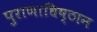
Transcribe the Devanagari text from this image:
पुराणाधिष्ठान